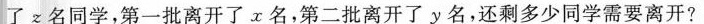
了z名同学，第一批离开了x名，第二批离开了y名，还剩多少同学需要离开?